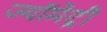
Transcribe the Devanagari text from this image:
ज्यॉमेट्री